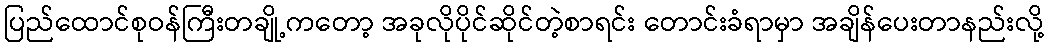
ပြည်ထောင်စုဝန်ကြီးတချို့ကတော့ အခုလိုပိုင်ဆိုင်တဲ့စာရင်း တောင်းခံရာမှာ အချိန်ပေးတာနည်းလို့